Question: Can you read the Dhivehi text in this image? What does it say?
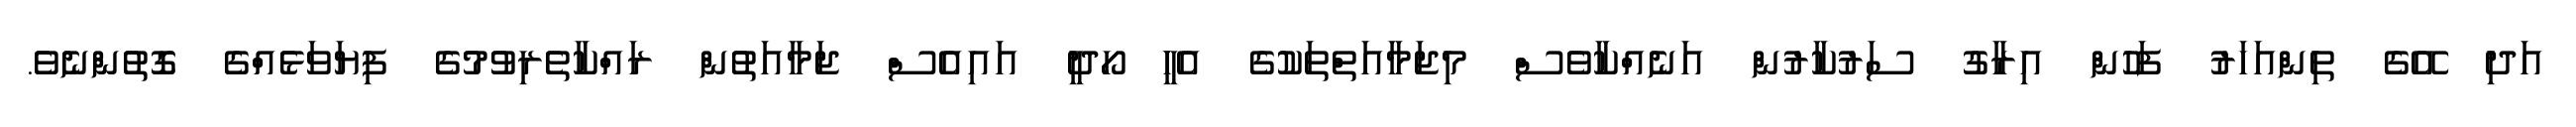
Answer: އަދި އޭގެ ތިންއަހަރު ފަހުން އިރާގު ސަރުކާރުން އަނެއްކާވެސް މިޖަމާއަތްތަކުގެ އެހީ ހޯދީ އައިއެސް ޖަމާއަތުން ރައްކާތެރިވުމުގެ ފިޔަވަޅެއްގެ ގޮތުންނެވެ.